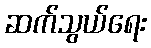
ဆက်သွယ်ရေး